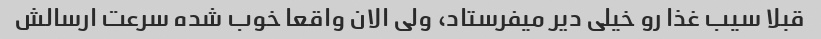
قبلا سیب غذا رو خیلی دیر میفرستاد، ولی الان واقعا خوب شده سرعت ارسالش